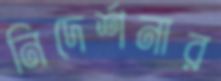
নিদের্শনার